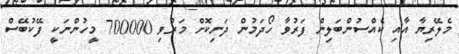
މެލޭރިޔާ އާއި ކެއްސުންބަލިން ފަރުވާ ހޯދަމުން ދަނިކޮށް މަރުވި 700000 މީހުންނަކީ ފޭކުބޭސް